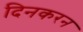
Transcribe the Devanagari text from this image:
दिनकरन